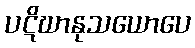
ပဋိဃာနုသယောပေ